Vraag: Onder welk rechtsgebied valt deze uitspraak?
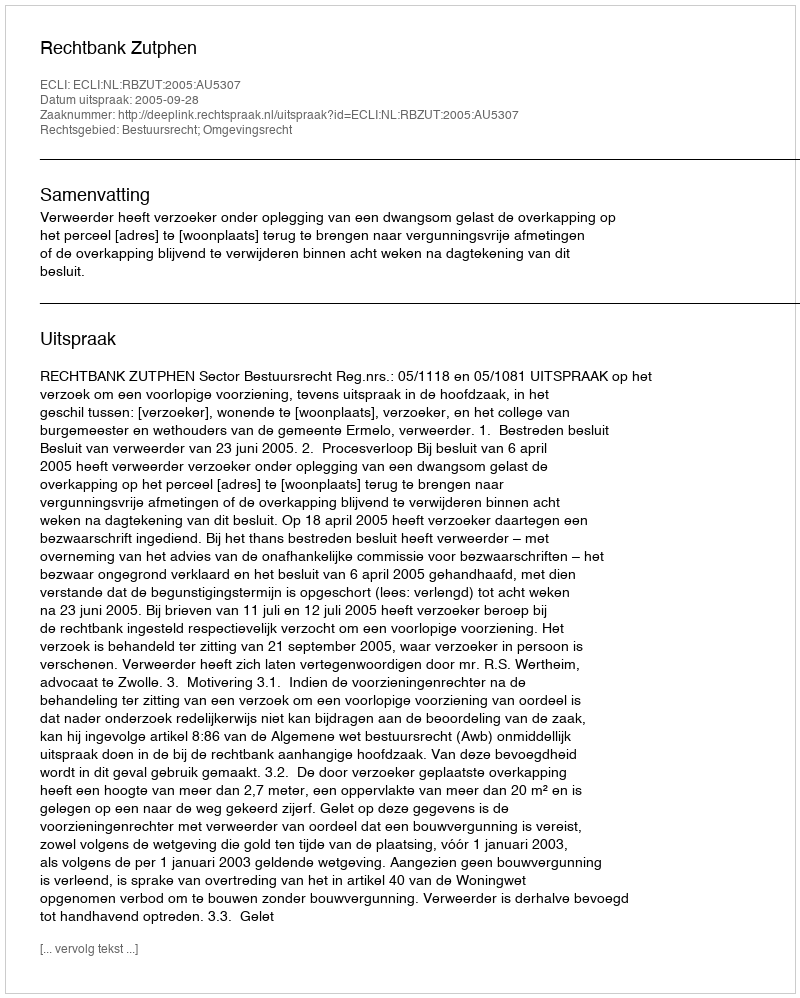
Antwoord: Bestuursrecht; Omgevingsrecht